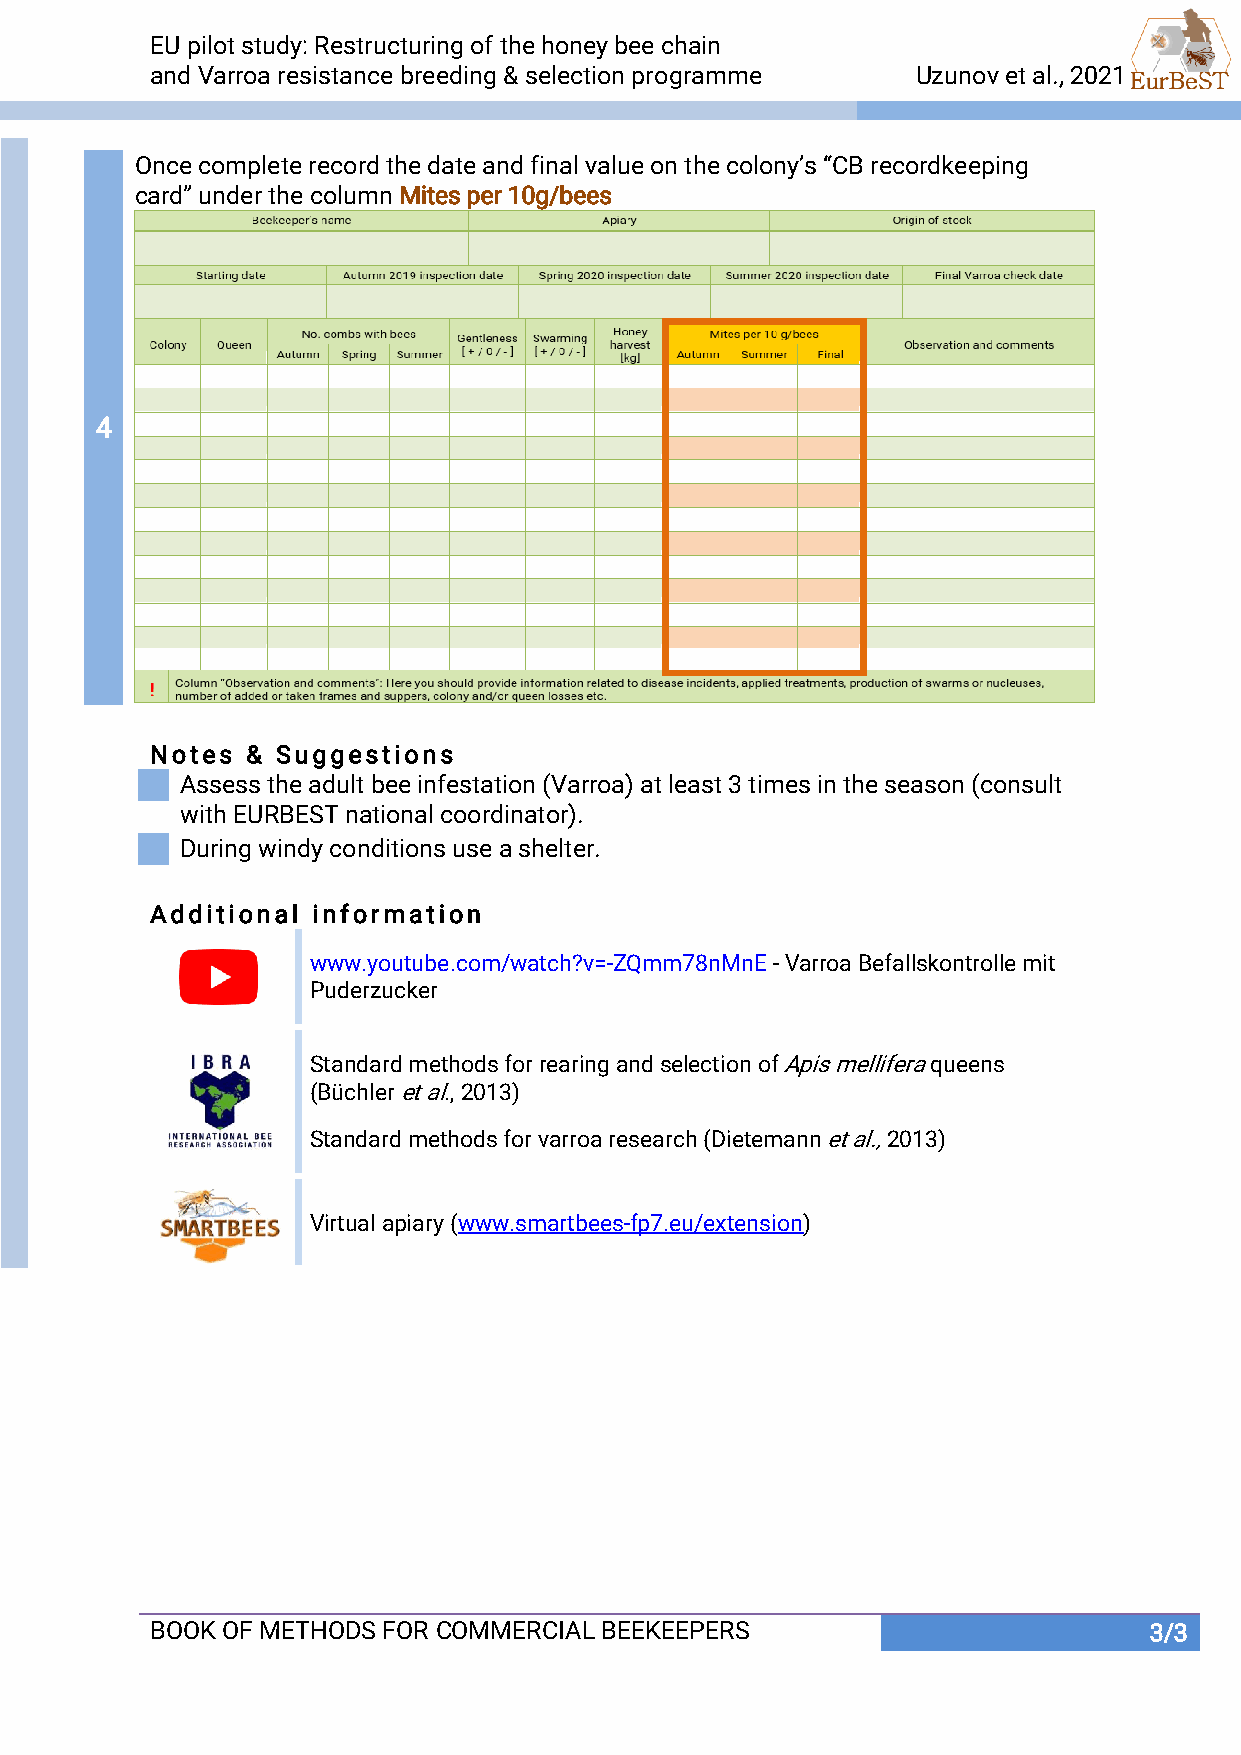
EU pilot study: Restructuring of the honey bee chain
 and Varroa resistance breeding & selection programme Uzunov et al., 2021       Uzunov et al., 2021
 Once complete record the date and final value on the colony’s “CB recordkeeping
 card” under the column Mites per 10g/bees
 4
 Notes & Suggestions
 Assess the adult bee infestation (Varroa) at least 3 times in the season (consult
 with EURBEST national coordinator).
 During windy conditions use a shelter.
 Additional information
 www.youtube.com/watch?v=-ZQmm78nMnE - Varroa Befallskontrolle mit
 Puderzucker
 Standard methods for rearing and selection of Apis mellifera queens
 (Büchler et al., 2013)
 Standard methods for varroa research (Dietemann et al., 2013)
 Virtual apiary (www.smartbees-fp7.eu/extension)
 BOOK OF METHODS FOR COMMERCIAL BEEKEEPERS                         3/3..